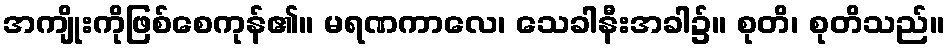
အကျိုးကိုဖြစ်စေကုန်၏။ မရဏကာလေ၊ သေခါနီးအခါ၌။ စုတိ၊ စုတိသည်။